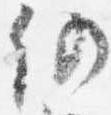
仍